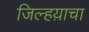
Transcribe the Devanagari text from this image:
जिल्हय़ाचा